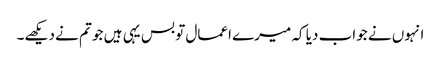
انہوں نے جواب دیا کہ میرے اعمال تو بس یہی ہیں جو تم نے دیکھے۔